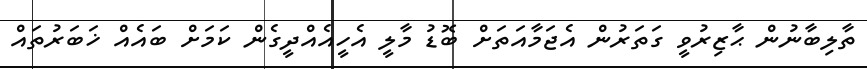
ތާލިބާނުން ޙާޒިރުވީ ގަތަރުން އެޖަމާއަތަށް ބޮޑު މާލީ އެހީއެއްދީގެން ކަމަށް ބައެއް ޚަބަރުތައް